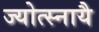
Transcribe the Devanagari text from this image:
ज्योत्स्नायै